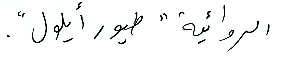
الروائية "طيور أيلول"